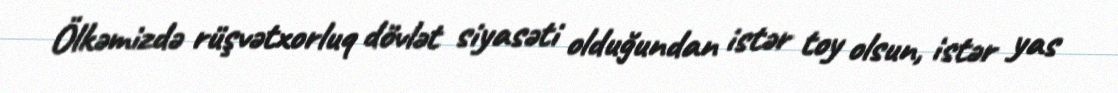
Ölkəmizdə rüşvətxorluq dövlət siyasəti olduğundan istər toy olsun, istər yas